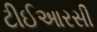
ટીઈઆરસી